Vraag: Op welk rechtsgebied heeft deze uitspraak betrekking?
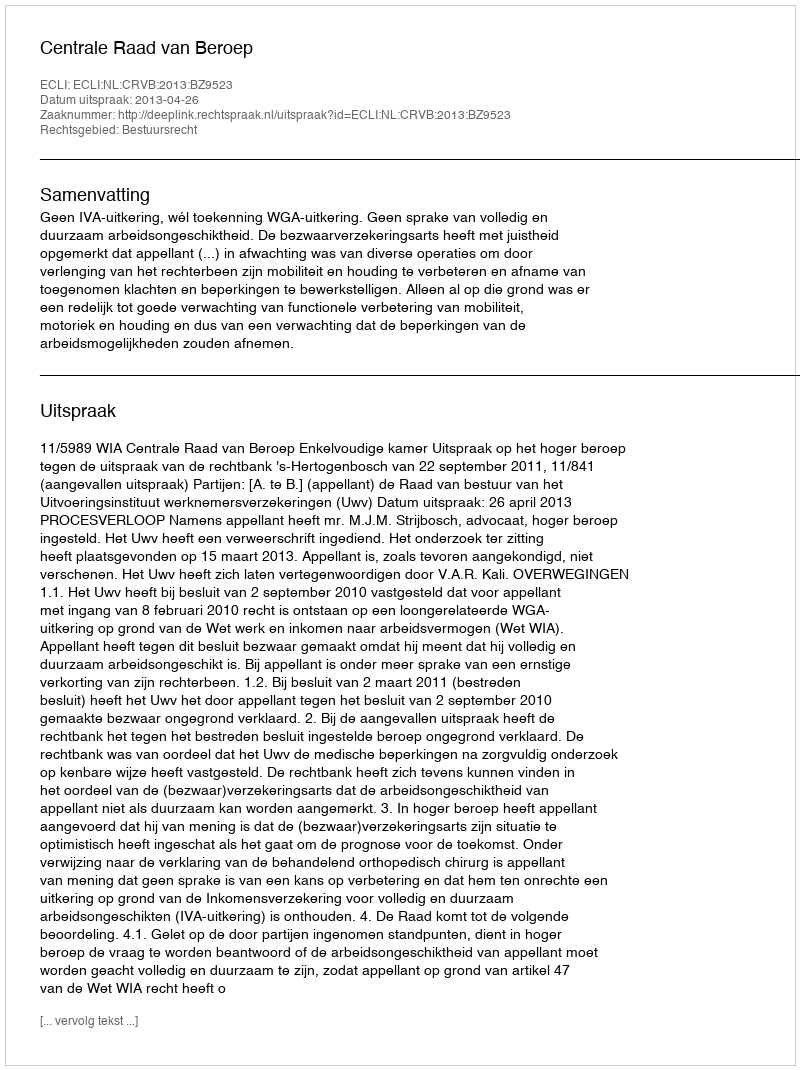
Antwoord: Bestuursrecht